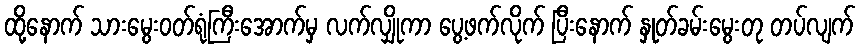
ထို့နောက် သားမွေးဝတ်ရုံကြီးအောက်မှ လက်လျှိုကာ ပွေ့ဖက်လိုက် ပြီးနောက် နှုတ်ခမ်းမွေးတု တပ်လျက်